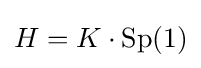
H=K\cdot \mathrm {Sp} (1)